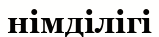
німділігі